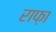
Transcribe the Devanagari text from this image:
राफ़ा